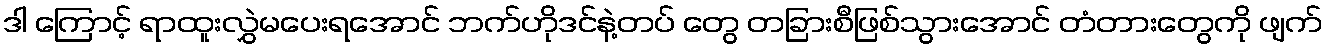
ဒါ ကြောင့် ရာထူးလွှဲမပေးရအောင် ဘက်ဟိုဒင်နဲ့တပ် တွေ တခြားစီဖြစ်သွားအောင် တံတားတွေကို ဖျက်